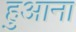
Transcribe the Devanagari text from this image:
हुआना